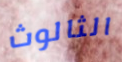
الثالوث